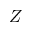
Z